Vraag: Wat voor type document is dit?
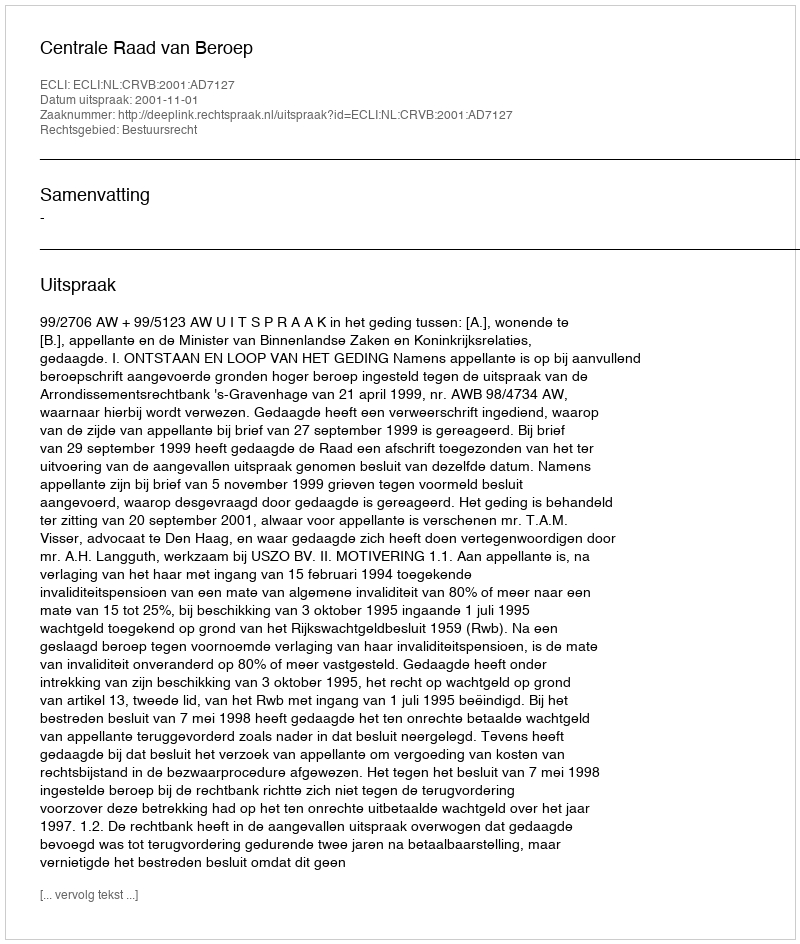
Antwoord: Uitspraak